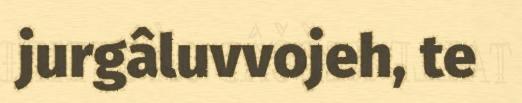
jurgâluvvojeh, te